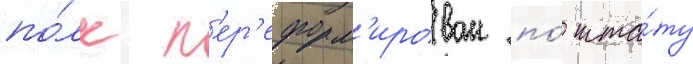
по́лк п'ер'еформ'ирован по́ шта́ту